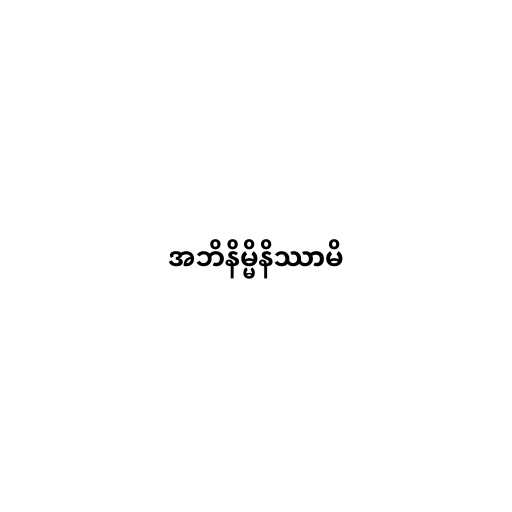
အဘိနိမ္မိနိဿာမိ